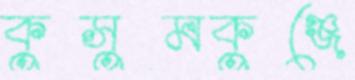
কুসুমকুঞ্জে